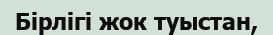
Бірлігі жок туыстан,